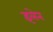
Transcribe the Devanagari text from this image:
इलेन